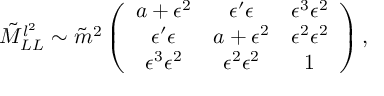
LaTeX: \tilde { M } _ { L L } ^ { l ^ { 2 } } \sim \tilde { m } ^ { 2 } \left( \begin{array} { c c c } { { a + \epsilon ^ { 2 } } } & { { \epsilon ^ { \prime } \epsilon } } & { { \epsilon ^ { 3 } \epsilon ^ { 2 } } } \\ { { \epsilon ^ { \prime } \epsilon } } & { { a + \epsilon ^ { 2 } } } & { { \epsilon ^ { 2 } \epsilon ^ { 2 } } } \\ { { \epsilon ^ { 3 } \epsilon ^ { 2 } } } & { { \epsilon ^ { 2 } \epsilon ^ { 2 } } } & { { 1 } } \end{array} \right) ,